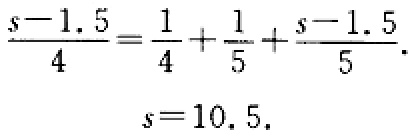
\[\frac{s - 1.5}{4}=\frac{1}{4}+\frac{1}{5}+\frac{s - 1.5}{5}.\]
\[s = 10.5.\]